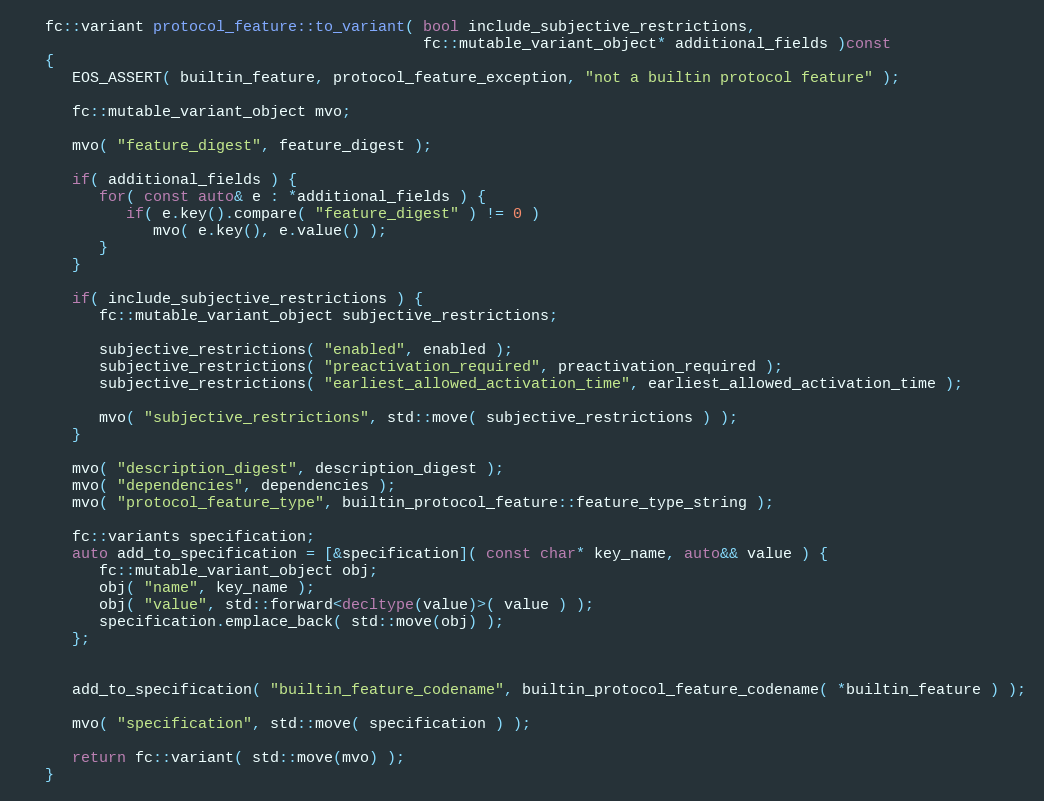
Language: C++
   fc::variant protocol_feature::to_variant( bool include_subjective_restrictions,
                                             fc::mutable_variant_object* additional_fields )const
   {
      EOS_ASSERT( builtin_feature, protocol_feature_exception, "not a builtin protocol feature" );

      fc::mutable_variant_object mvo;

      mvo( "feature_digest", feature_digest );

      if( additional_fields ) {
         for( const auto& e : *additional_fields ) {
            if( e.key().compare( "feature_digest" ) != 0 )
               mvo( e.key(), e.value() );
         }
      }

      if( include_subjective_restrictions ) {
         fc::mutable_variant_object subjective_restrictions;

         subjective_restrictions( "enabled", enabled );
         subjective_restrictions( "preactivation_required", preactivation_required );
         subjective_restrictions( "earliest_allowed_activation_time", earliest_allowed_activation_time );

         mvo( "subjective_restrictions", std::move( subjective_restrictions ) );
      }

      mvo( "description_digest", description_digest );
      mvo( "dependencies", dependencies );
      mvo( "protocol_feature_type", builtin_protocol_feature::feature_type_string );

      fc::variants specification;
      auto add_to_specification = [&specification]( const char* key_name, auto&& value ) {
         fc::mutable_variant_object obj;
         obj( "name", key_name );
         obj( "value", std::forward<decltype(value)>( value ) );
         specification.emplace_back( std::move(obj) );
      };

      add_to_specification( "builtin_feature_codename", builtin_protocol_feature_codename( *builtin_feature ) );

      mvo( "specification", std::move( specification ) );

      return fc::variant( std::move(mvo) );
   }